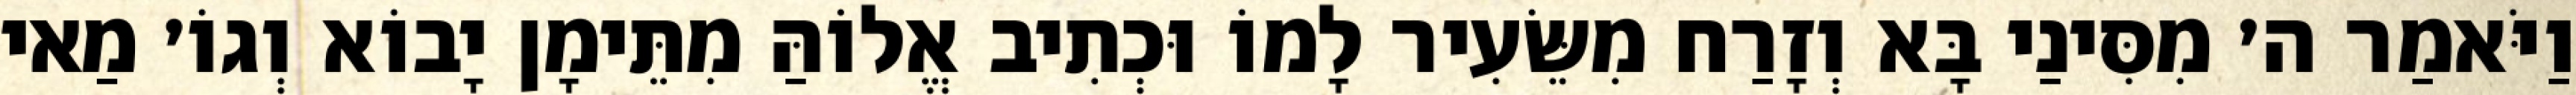
וַיֹּאמַר ה׳ מִסִּינַי בָּא וְזָרַח מִשֵּׂעִיר לָמוֹ וּכְתִיב אֱלוֹהַּ מִתֵּימָן יָבוֹא וְגוֹ׳ מַאי